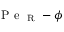
\mathrm { ~ P ~ e ~ } _ { \mathrm { ~ R ~ } } - \phi